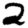
Digit: 2